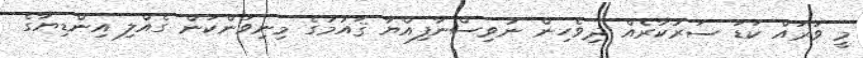
މީ ވަރައް ކަޑަ ސަރުކާރެއް ދިވެހިން ނުވިސްނާފިއްޔާ ޤައުމުގެ މިނިވަންކަން ގެއްލި އިންޑިޔާގެ